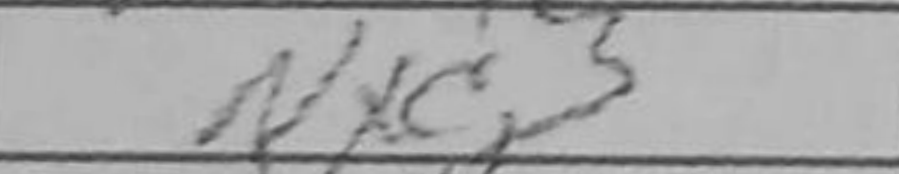
Transcription: Nxc3